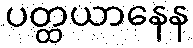
ပတ္ထယာနေန